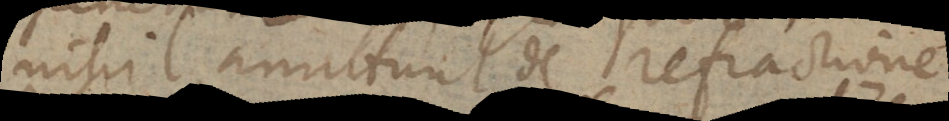
nihil amittunt de refractione